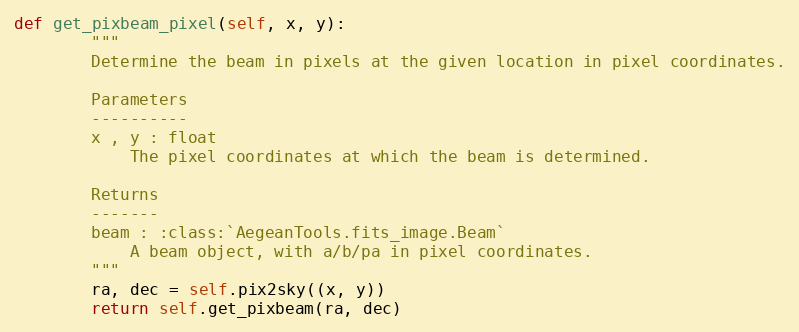
Language: Python
def get_pixbeam_pixel(self, x, y):
        """
        Determine the beam in pixels at the given location in pixel coordinates.

        Parameters
        ----------
        x , y : float
            The pixel coordinates at which the beam is determined.

        Returns
        -------
        beam : :class:`AegeanTools.fits_image.Beam`
            A beam object, with a/b/pa in pixel coordinates.
        """
        ra, dec = self.pix2sky((x, y))
        return self.get_pixbeam(ra, dec)